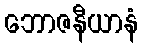
ဘောဇနီယာနံ